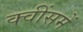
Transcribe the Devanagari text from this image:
क्वींसमें